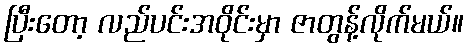
ပြီးတော့ လည်ပင်းအဝိုင်းမှာ ဇာတွန့်လိုက်မယ်။